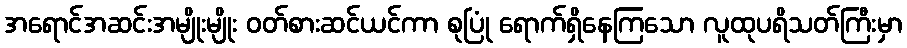
အရောင်အဆင်းအမျိုးမျိုး ဝတ်စားဆင်ယင်ကာ စုပြုံ ရောက်ရှိနေကြသော လူထုပရိသတ်ကြီးမှာ